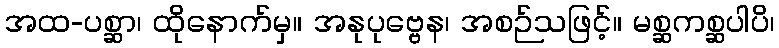
အထ-ပစ္ဆာ၊ ထိုနောက်မှ။ အနုပုဗ္ဗေန၊ အစဉ်သဖြင့်။ မစ္ဆကစ္ဆပါပိ၊